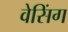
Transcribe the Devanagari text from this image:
वेसिंग